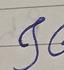
Signature authenticity: forged